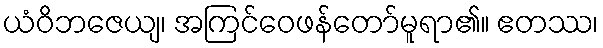
ယံဝိဘဇေယျ၊ အကြင်ဝေဖန်တော်မူရာ၏။ ဧတဿ၊